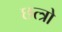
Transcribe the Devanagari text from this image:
छत्त्रो